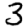
Digit: 3